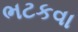
ભટકવા